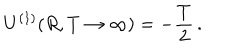
U ^ { ( 1 ) } ( R , T \to \infty ) = - \frac { T } { 2 } \, { . }